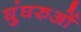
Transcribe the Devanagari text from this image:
घुंघरुओं